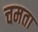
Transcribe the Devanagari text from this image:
चमता